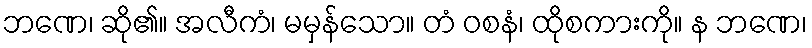
ဘဏေ၊ ဆို၏။ အလီကံ၊ မမှန်သော။ တံ ဝစနံ၊ ထိုစကားကို။ န ဘဏေ၊